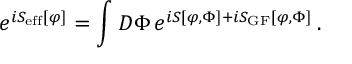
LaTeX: e ^ { i S _ { \mathrm { e f f } } [ \varphi ] } = \int D \Phi \, e ^ { i S [ \varphi , \Phi ] + i S _ { \mathrm { G F } } [ \varphi , \Phi ] } \, .